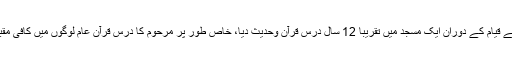
دہلی کے قیام کے دوران ایک مسجد میں تقریباً 12 سال درس قرآن وحدیث دیا، خاص طور پر مرحوم کا درس قرآن عام لوگوں میں کافی مقبول ہوا۔